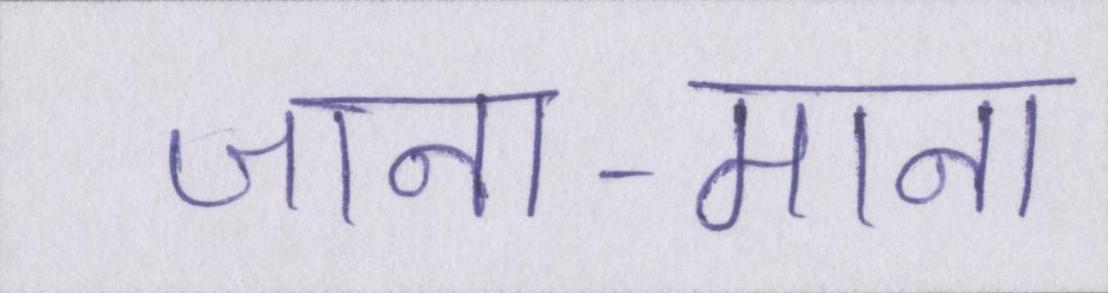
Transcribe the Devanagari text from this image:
जाना-माना